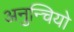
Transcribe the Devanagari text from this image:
अनुन्चियो